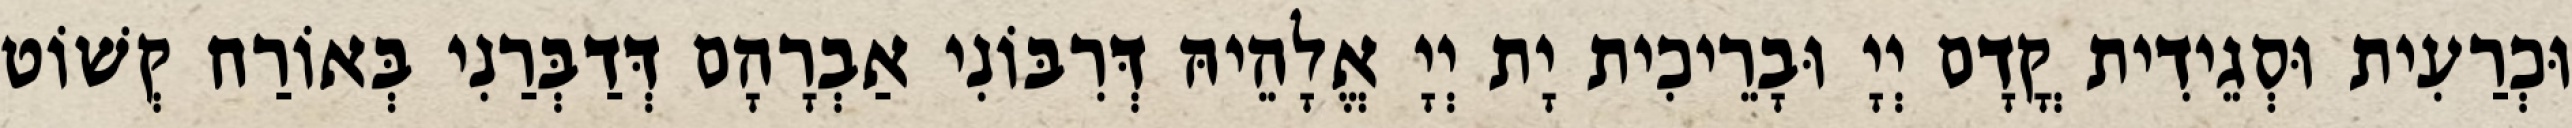
וּכְרַעִית וּסְגֵידִית קֳדָם יְיָ וּבָרֵיכִית יָת יְיָ אֱלָהֵיהּ דְּרִבּוֹנִי אַבְרָהָם דְּדַבְּרַנִי בְּאוֹרַח קְשׁוֹט